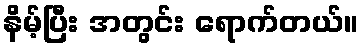
နိမ့်ပြီး အတွင်း ရောက်တယ်။